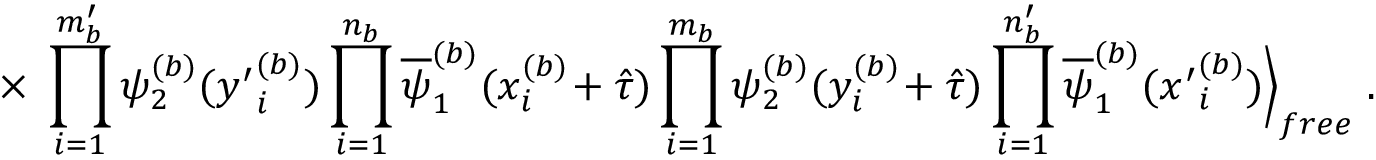
\times \; \prod _ { i = 1 } ^ { m _ { b } ^ { \prime } } \psi _ { 2 } ^ { ( b ) } ( { y ^ { \prime } } _ { i } ^ { ( b ) } ) \prod _ { i = 1 } ^ { n _ { b } } \overline { { { \psi } } } _ { 1 } ^ { ( b ) } ( x _ { i } ^ { ( b ) } \! + \hat { \tau } ) \prod _ { i = 1 } ^ { m _ { b } } \psi _ { 2 } ^ { ( b ) } ( y _ { i } ^ { ( b ) } \! + \hat { \tau } ) \prod _ { i = 1 } ^ { n _ { b } ^ { \prime } } \overline { { { \psi } } } _ { 1 } ^ { ( b ) } ( { x ^ { \prime } } _ { i } ^ { ( b ) } ) \Big \rangle _ { f r e e } \; .